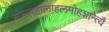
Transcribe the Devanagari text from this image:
संसारहालाहलमोहशान्त्यै